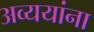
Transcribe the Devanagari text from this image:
अव्ययांना